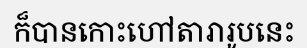
ក៏បានកោះហៅតារារូបនេះ